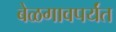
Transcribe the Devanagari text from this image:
बेळगावपर्यंत